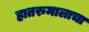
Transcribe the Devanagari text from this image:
हातरुमालाचा